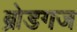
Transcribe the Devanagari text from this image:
ब्रोडगज